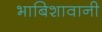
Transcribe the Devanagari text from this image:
भाबिशावानी